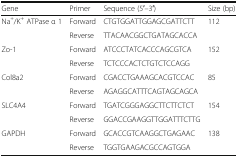
<table><thead><tr><td><b>Gene</b></td><td><b>Primer</b></td><td><b>Sequence (5′–3′)</b></td><td><b>Size (bp)</b></td></tr></thead><tbody><tr><td rowspan="2">Na<sup>+</sup>/K<sup>+</sup> ATPase α 1</td><td>Forward</td><td>CTGTGGATTGGAGCGATTCTT</td><td rowspan="2">112</td></tr><tr><td>Reverse</td><td>TTACAACGGCTGATAGCACCA</td></tr><tr><td rowspan="2">Zo-1</td><td>Forward</td><td>ATCCCTATCACCCAGCGTCA</td><td rowspan="2">152</td></tr><tr><td>Reverse</td><td>TCTCCCACTCTGTCTCCAGG</td></tr><tr><td rowspan="2">Col8a2</td><td>Forward</td><td>CGACCTGAAAGCACGTCCAC</td><td rowspan="2">85</td></tr><tr><td>Reverse</td><td>AGAGGCATTTCAGTAGCAGCA</td></tr><tr><td rowspan="2">SLC4A4</td><td>Forward</td><td>TGATCGGGAGGCTTCTTCTCT</td><td rowspan="2">154</td></tr><tr><td>Reverse</td><td>GGACCGAAGGTTGGATTTCTTG</td></tr><tr><td rowspan="2">GAPDH</td><td>Forward</td><td>GCACCGTCAAGGCTGAGAAC</td><td rowspan="2">138</td></tr><tr><td>Reverse</td><td>TGGTGAAGACGCCAGTGGA</td></tr></tbody></table>